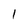
Character: 1